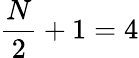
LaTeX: \frac{N}{2}+1=4